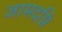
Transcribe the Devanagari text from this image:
जामदग्नि